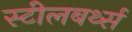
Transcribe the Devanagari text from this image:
स्टीलबर्थ्स